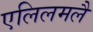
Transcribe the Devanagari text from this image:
एलिलमलै